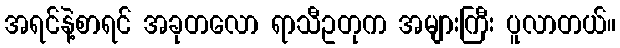
အရင်နဲ့စာရင် အခုတလော ရာသီဥတုက အများကြီး ပူလာတယ်။